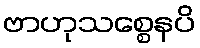
ဗာဟုသစ္စေနပိ